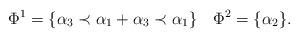
LaTeX: \begin{align*}\Phi^1 = \{ \alpha_3 \prec \alpha_1 + \alpha_3 \prec \alpha_1\}\quad\Phi^2 = \{\alpha_2\}. \end{align*}